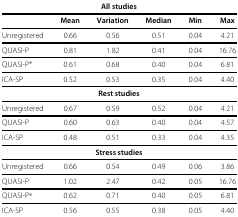
<table><thead><tr><td colspan="6"><b>All studies</b></td></tr></thead><tbody><tr><td> </td><td><b>Mean</b></td><td><b>Variation</b></td><td><b>Median</b></td><td><b>Min</b></td><td><b>Max</b></td></tr><tr><td>Unregistered</td><td>0.66</td><td>0.56</td><td>0.51</td><td>0.04</td><td>4.21</td></tr><tr><td>QUASI-P</td><td>0.81</td><td>1.82</td><td>0.41</td><td>0.04</td><td>16.76</td></tr><tr><td>QUASI-P <sup>∗</sup></td><td>0.61</td><td>0.68</td><td>0.40</td><td>0.04</td><td>6.81</td></tr><tr><td>ICA-SP</td><td>0.52</td><td>0.53</td><td>0.35</td><td>0.04</td><td>4.40</td></tr><tr><td colspan="6"><b>Rest studies</b></td></tr><tr><td>Unregistered</td><td>0.67</td><td>0.59</td><td>0.52</td><td>0.04</td><td>4.21</td></tr><tr><td>QUASI-P</td><td>0.60</td><td>0.63</td><td>0.40</td><td>0.04</td><td>4.57</td></tr><tr><td>ICA-SP</td><td>0.48</td><td>0.51</td><td>0.33</td><td>0.04</td><td>4.35</td></tr><tr><td colspan="6"><b>Stress studies</b></td></tr><tr><td>Unregistered</td><td>0.66</td><td>0.54</td><td>0.49</td><td>0.06</td><td>3.86</td></tr><tr><td>QUASI-P</td><td>1.02</td><td>2.47</td><td>0.42</td><td>0.05</td><td>16.76</td></tr><tr><td>QUASI-P <sup>∗</sup></td><td>0.62</td><td>0.71</td><td>0.40</td><td>0.05</td><td>6.81</td></tr><tr><td>ICA-SP</td><td>0.56</td><td>0.55</td><td>0.38</td><td>0.05</td><td>4.40</td></tr></tbody></table>